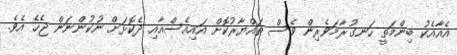
އެއާއެކު ބިންމަތީ ހަނގުރާމަވެރިން ވެސް ތައްޔާރުކޮށް އައިއެސްއާއި ދެކޮޅަށް ނުކުންނަން ޖެހެ އެވެ.